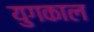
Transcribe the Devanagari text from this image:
युगकाल